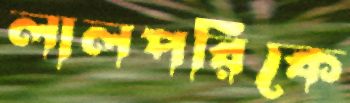
লালপরিকে